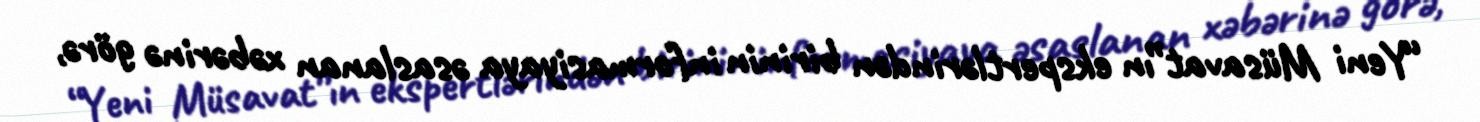
“Yeni Müsavat”ın ekspertlərindən birinin informasiyaya əsaslanan xəbərinə görə,